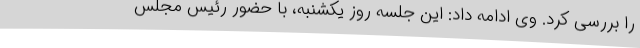
را بررسی کرد. وی ادامه داد: این جلسه روز یکشنبه، با حضور رئیس مجلس